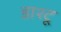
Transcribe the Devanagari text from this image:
डाश्टू